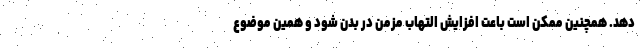
دهد. همچنین ممکن است باعت افزایش التهاب مزمن در بدن شود و همین موضوع